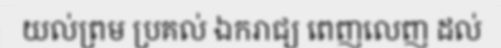
យល់ព្រម ប្រគល់ ឯករាជ្យ ពេញលេញ ដល់